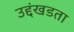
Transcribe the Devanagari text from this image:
उद्दंखडता